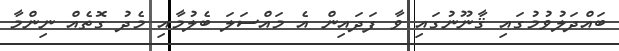
ބައްދަލުވުމުގައި ޤާނޫނުގައި ވާ ފަދައިން އެ މައްސަލަ ބެލުމާއި މެދު ގޮތެއް ނިންމާ